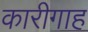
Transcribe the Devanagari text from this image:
कारीगाह